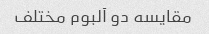
مقایسه دو آلبوم مختلف